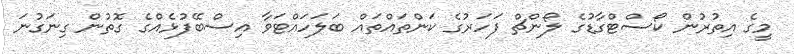
މީގެ އިތުރުން ކޯސްޓްގާޑުގެ ލޯންޗް ފަހަރުގެ ކަންތައްތައް ބަލަހައްޓަވާ އިސްބޭފުޅެއްގެ ގޮތުން ގިނަގުނަ